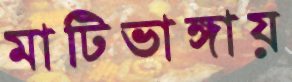
মাটিভাঙ্গায়